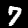
Label: 7